Report on sanitation, dispensaries, and jails in Rajputana for 1916, and on vaccination for the year 1916-1917 - 1916-1917
Year: 1916
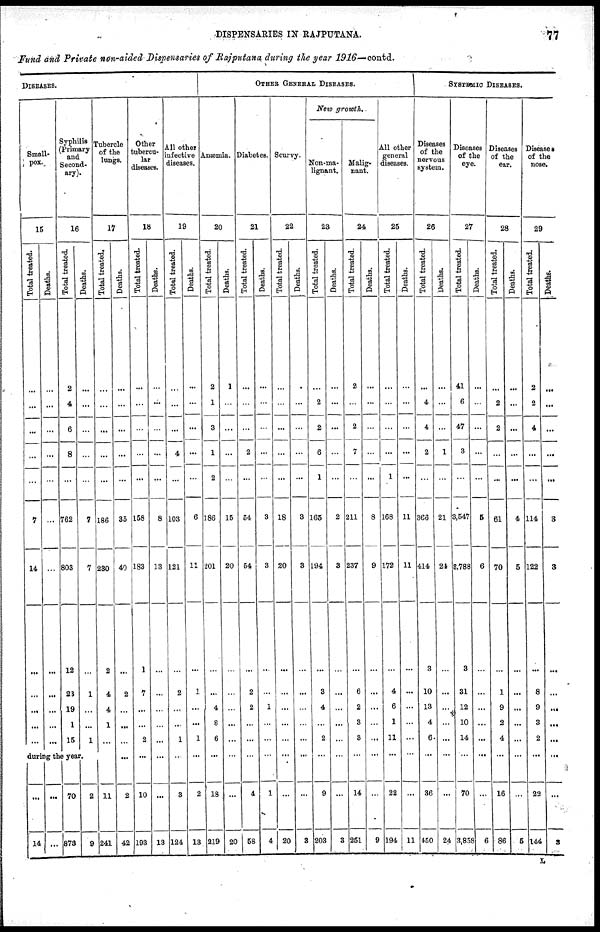
DISPENSARIES IN RAJPUTANA.
77
Fund and Private non-aided Dispensaries of Rajputana during the year 1916—contd.
DISEASES.
Small¬
pox.
15
Total treated.
...
...
...
...
...
7
14
...
...
...
...
...
Deaths.
...
...
...
...
...
...
...
...
...
...
...
...
Syphilis
(Primary
and
Second-
ary).
16
Total treated.
2
4
6
8
...
762
803
12
23
19
1
15
Deaths.
...
...
...
...
...
7
7
...
1
...
...
1
during the year.
...
14
...
...
70
878
2
9
Tubercle
of the
lungs.
17
Total treated.
...
...
...
...
...
186
230
2
4
4
1
...
...
11
241
Deaths.
...
...
...
...
...
35
40
...
2
...
...
...
...
2
42
Other
tubercu-
lar
diseases.
18
Total treated.
...
...
...
...
...
158
183
1
7
...
...
2
...
10
193
Deaths.
...
...
...
...
...
8
13
...
...
...
...
...
...
...
13
All other
infective
diseases.
19
Total treated.
...
...
...
4
...
103
121
...
2
...
...
1
...
3
124
Deaths.
...
...
...
...
...
6
11
...
1
...
...
1
...
2
13
OTHER GENERAL DISEASES.
Anæmia.
20
Total treated.
2
1
3
1
2
186
201
...
...
4
8
6
...
18
219
Deaths.
1
...
...
...
...
15
20
...
...
...
...
...
...
...
20
Diabetes.
21
Total treated.
...
...
...
2
...
54
54
...
2
2
...
...
...
4
58
Deaths.
...
...
...
...
...
3
3
...
...
1
...
...
...
1
4
Scurvy.
22
Total treated.
...
...
...
...
...
18
20
...
...
...
...
...
...
...
20
Deaths.
...
...
...
...
3
3
...
...
...
...
...
...
...
3
New growth.
Non-ma-
lignant.
23
Total treated.
...
2
2
6
1
165
194
...
3
4
...
2
...
9
203
Deaths
...
...
...
...
...
2
3
...
...
...
...
...
...
...
3
Malig-
nant.
24
Total treated.
2
...
2
7
...
211
237
...
6
2
3
3
...
14
251
Deaths.
...
...
...
...
...
8
9
...
...
...
...
...
...
...
9
All other
general
diseases.
25
Total treated.
...
...
...
...
1
168
172
...
4
6
1
11
...
22
194
Deaths.
...
...
...
...
...
11
11
...
...
...
...
...
...
...
11
SYSTEMIC DISEASES.
Diseases
of the
nervous
system.
26
Total treated.
...
4
4
2
...
366
414
3
10
13
4
6
...
36
450
Deaths.
...
...
...
1
...
21
24
...
...
...
...
...
...
...
24
Diseases
of the
eye.
27
Total treated.
41
6
47
3
...
3,547
3,788
3
31
12
10
14
...
70
3,858
Deaths.
...
...
...
...
...
5
6
...
...
...
...
...
...
...
6
Diseases
of the
ear.
28
Total treated.
...
2
2
...
...
61
70
...
1
9
2
4
...
16
86
Deaths.
...
...
...
...
...
4
5
...
...
...
...
...
...
...
5
Diseases
of the
nose.
29
Total treated.
2
2
4
...
...
114
122
...
8
9
3
2
...
22
144
Deaths.
...
...
...
...
...
3
3
...
...
...
...
...
...
...
3
L